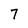
Character: 7